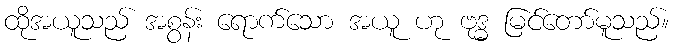
ထိုအယူသည် အစွန်း ရောက်သော အယူ ဟု ဗုဒ္ဓ မြင်တော်မူသည်။